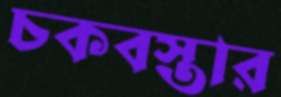
চকবস্তার